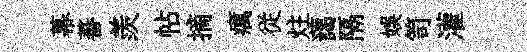
幕蕃羨帖摘癘従炷藹隔娱笥灌